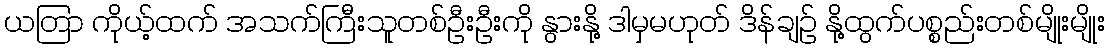
ယတြာ ကိုယ့်ထက် အသက်ကြီးသူတစ်ဦးဦးကို နွားနို့ ဒါမှမဟုတ် ဒိန်ချဥ် နို့ထွက်ပစ္စည်းတစ်မျိုးမျိုး